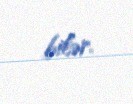
bilər.